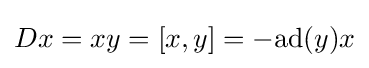
Dx=xy=[x,y]=-{\text{ad}}(y)x